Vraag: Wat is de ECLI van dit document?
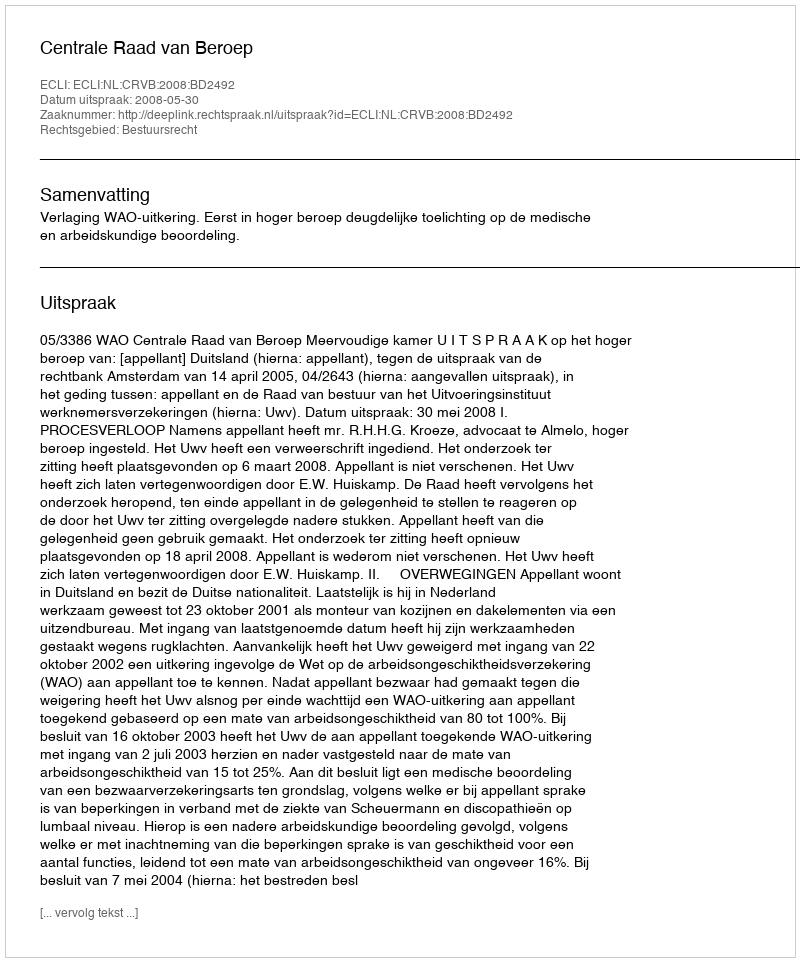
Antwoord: ECLI:NL:CRVB:2008:BD2492